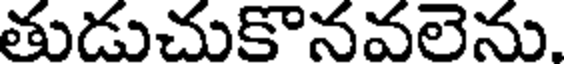
తుడుచుకొనవలెను.